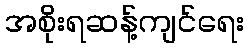
အစိုးရဆန့်ကျင်ရေး